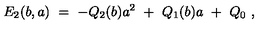
E _ { 2 } ( b , a ) \ = \ - Q _ { 2 } ( b ) a ^ { 2 } \ + \ Q _ { 1 } ( b ) a \ + \ Q _ { 0 } \ ,